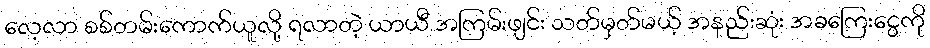
လေ့လာ စစ်တမ်းကောက်ယူလို့ ရလာတဲ့ ယာယီ အကြမ်းဖျင်း သတ်မှတ်မယ့် အနည်းဆုံး အခကြေးငွေကို